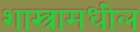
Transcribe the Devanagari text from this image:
शास्त्रामधील